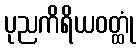
ပုညကိရိယဝတ္ထုံ